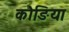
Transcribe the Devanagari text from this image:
कौङिया